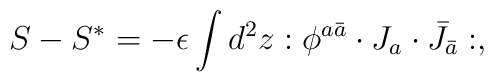
S-S^{*}=-\epsilon \int d^2z :\phi^{a\bar a}\cdot J_a\cdot\bar J_{\bar a}:,